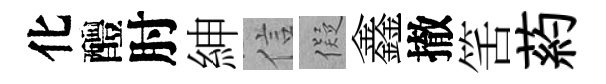
化醴肘紳信儗鑫撤筈葯